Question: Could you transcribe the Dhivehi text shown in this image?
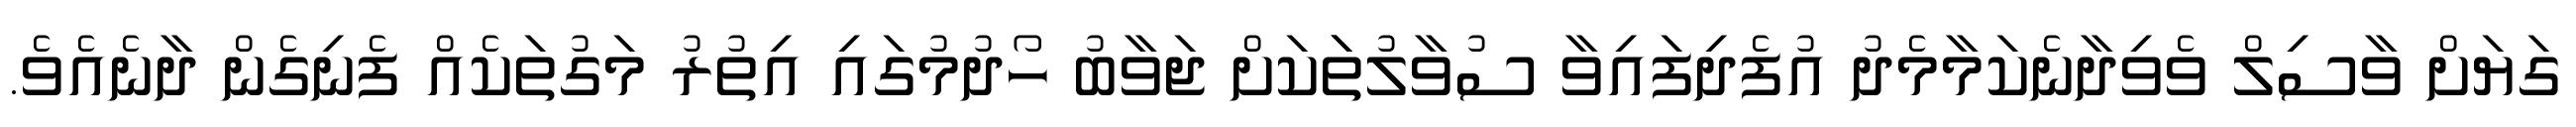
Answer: ގަޔަށް ވާސިލް ވެވިދާނެކަމާމެދު އުފެދިފައިވާ ސުވާލުތަަކަށް ޖަވާބު ހޯދުމުގައި އިތުރު މަގުތަކެއް ފެނިގެން ދާނެއެވެ.